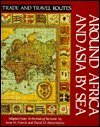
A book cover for Around Africa and Asia by Sea (Trade and Travel Routes Series); Irene M. Franck; Teen & Young Adult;